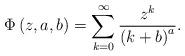
LaTeX: \begin{align*}\Phi \left( z,a,b\right) =\sum_{k=0}^{\infty }\frac{z^{k}}{\left( k+b\right)^{a}}. \end{align*}